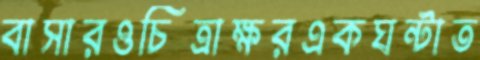
বাসারওচিত্রাক্ষরএকঘন্টাত